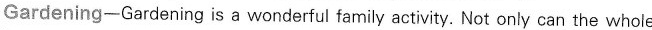
Gardening—Gardening is a wonderful family activity. Not only can the whole